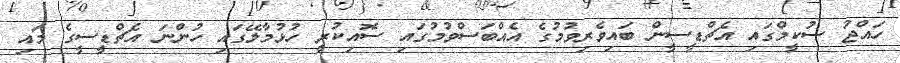
ހައްޖު ސުކީމްގައި އެޗްޑީސީން ބައިވެރިވުމުގެ އެއްބަސްވުމުގައި ސޮއިކުރީ ހުޅުމާލޭގައި ހުންނަ އެޗްޑީސީގެ މައި